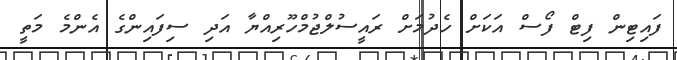
ފައިޓިން ފިޓް ފޯސް އަކަށް ހެދުމަށް ރައީސުލްޖުމްހޫރިއްޔާ އަދި ސިފައިންގެ އެންމެ މަތީ